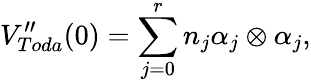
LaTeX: V_{Toda}^{\prime\prime}(0)=\sum_{j=0}^{r}n_{j}\alpha_{j}\otimes\alpha_{j},